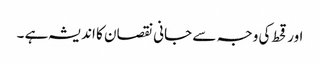
اور قحط کی وجہ سے جانی نقصان کا اندیشہ ہے ۔